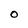
Character: O